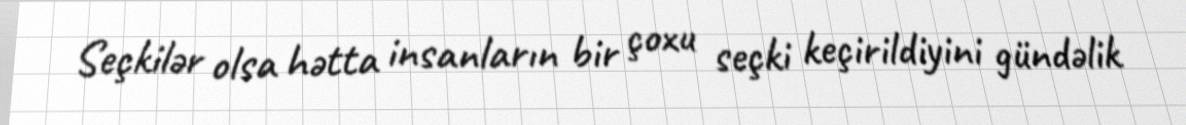
Seçkilər olsa hətta insanların bir çoxu seçki keçirildiyini gündəlik